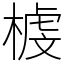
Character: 榩